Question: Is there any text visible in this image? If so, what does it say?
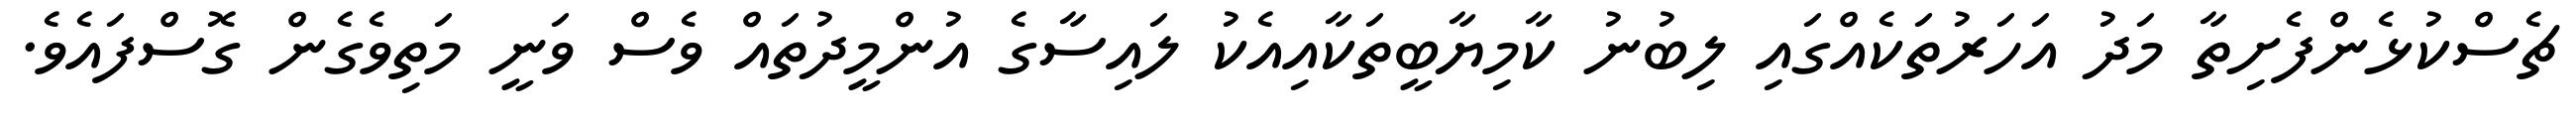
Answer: ޗެސްކުޅެންފެށިތާ މަދު އަހަރުތަކެއްގައި ލިބުނު ކާމިޔާބީތަކާއިއެކު ލައިސާގެ އުންމީދުތައް ވެސް ވަނީ މަތިވެގެން ގޮސްފައެވެ.